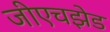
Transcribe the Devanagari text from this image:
जीएचझेड